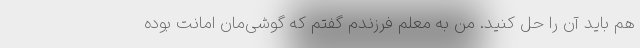
هم باید آن را حل کنید. من به معلم فرزندم گفتم که گوشی‌مان امانت بوده